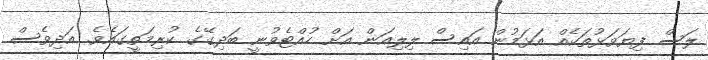
ލަސް ފިޔަވަޅުތަކެއް އަޅަމުން އައިސް ލިލިއަން އަށް ހުއްޓެވުނީ ބަދިގޭގެ ކުރިމަތީގައެވެ. އަދިވެސް